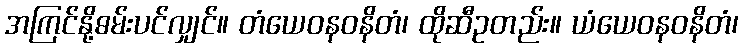
အကြင်နို့ဓမ်းပင်လျှင်။ တံယေဝနဝနိတံ၊ ထိုဆီဥတည်း။ ယံယေဝနဝနိတံ၊